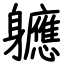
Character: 軈